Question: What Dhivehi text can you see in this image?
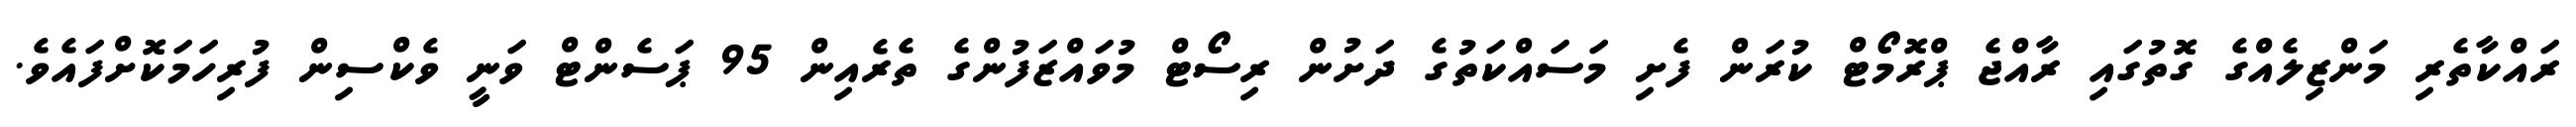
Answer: ރައްކާތެރި މަންޒިލެއްގެ ގޮތުގައި ރާއްޖެ ޕްރޮމޯޓް ކުރަން ފެށި މަސައްކަތުގެ ދަށުން ރިސޯޓް މުވައްޒަފުންގެ ތެރެއިން 95 ޕަސެންޓް ވަނީ ވެކްސިން ފުރިހަމަކޮށްފައެވެ.